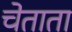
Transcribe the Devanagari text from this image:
चेताता